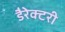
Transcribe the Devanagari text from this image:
डैरेक्टरी